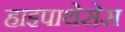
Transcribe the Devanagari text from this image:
हाइपाथेसेस